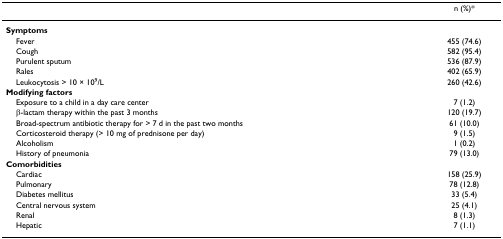
<table><thead><tr><td></td><td><b>n (%)*</b></td></tr></thead><tbody><tr><td><b>Symptoms</b></td><td></td></tr><tr><td> Fever</td><td>455 (74.6)</td></tr><tr><td> Cough</td><td>582 (95.4)</td></tr><tr><td> Purulent sputum</td><td>536 (87.9)</td></tr><tr><td> Rales</td><td>402 (65.9)</td></tr><tr><td> Leukocytosis &gt; 10 × 10<sup>9</sup>/L</td><td>260 (42.6)</td></tr><tr><td><b>Modifying factors</b></td><td></td></tr><tr><td> Exposure to a child in a day care center</td><td>7 (1.2)</td></tr><tr><td> β-lactam therapy within the past 3 months</td><td>120 (19.7)</td></tr><tr><td> Broad-spectrum antibiotic therapy for &gt; 7 d in the past two months</td><td>61 (10.0)</td></tr><tr><td> Corticosteroid therapy (&gt; 10 mg of prednisone per day)</td><td>9 (1.5)</td></tr><tr><td> Alcoholism</td><td>1 (0.2)</td></tr><tr><td> History of pneumonia</td><td>79 (13.0)</td></tr><tr><td><b>Comorbidities</b></td><td></td></tr><tr><td> Cardiac</td><td>158 (25.9)</td></tr><tr><td> Pulmonary</td><td>78 (12.8)</td></tr><tr><td> Diabetes mellitus</td><td>33 (5.4)</td></tr><tr><td> Central nervous system</td><td>25 (4.1)</td></tr><tr><td> Renal</td><td>8 (1.3)</td></tr><tr><td> Hepatic</td><td>7 (1.1)</td></tr></tbody></table>